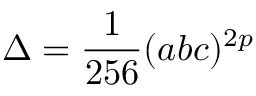
\Delta = { \frac { 1 } { 2 5 6 } } ( a b c ) ^ { 2 p }